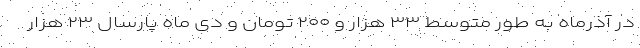
در آذرماه به طور متوسط ۳۳ هزار و ۲۰۰ تومان و دی ماه پارسال ۲۳ هزار